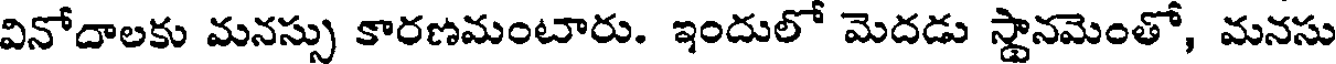
వినోదాలకు మనస్సు కారణమంటారు. ఇందులో మెదడు స్థానమెంతో, మనసు